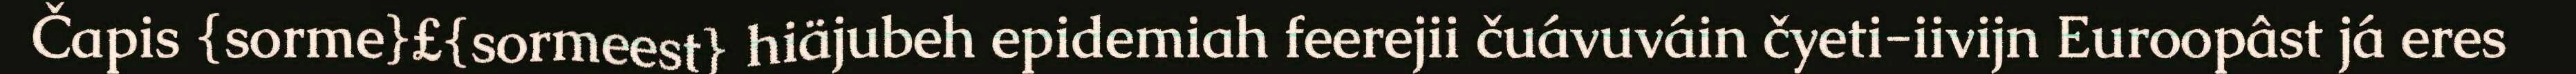
Čapis {sorme}£{sormeest} hiäjubeh epidemiah feerejii čuávuváin čyeti-iivijn Euroopâst já eres